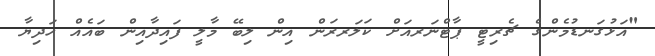
"އަޅުގަނޑުމެންގެ ޗެރިޓީ ޕާޓްނަރއަށް ކަލަރރަން އިން ލިބޭ މާލީ ފައިދާއިން ބައެއް ހަދިޔާ